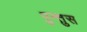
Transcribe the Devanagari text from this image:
पुन्तुस